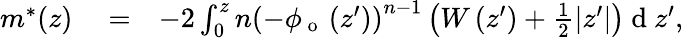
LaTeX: \begin{array}{rlr}{m^{*}(z)}&{{}=}&{-2\int_{0}^{z}n\left(-\phi_{\mathrm{~o~}}\left(z^{\prime}\right)\right)^{n-1}\left(W\left(z^{\prime}\right)+\frac{1}{2}|z^{\prime}|\right)\mathrm{~d~}z^{\prime},}\end{array}